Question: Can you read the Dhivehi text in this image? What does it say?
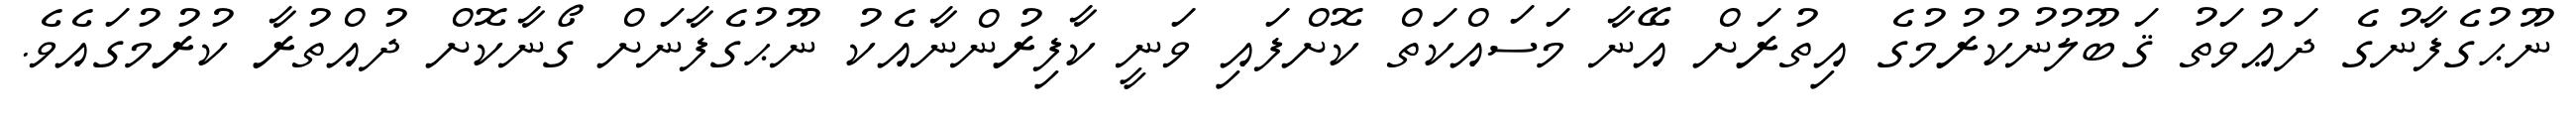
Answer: ނޫޙުގެފާނުގެ ދަޢުވަތު ޤަބޫލުނުކުރުމުގެ އިތުރަށް އޭނާ މަސައްކަތް ކޮށްފައި ވަނީ ކާފިރުންނާއެކު ނޫޙުގެފާނަށް ގޯނާކޮށް ދުއްތުރާ ކުރުމުގައެވެ.